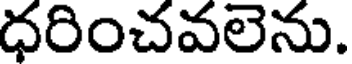
ధరించవలెను.